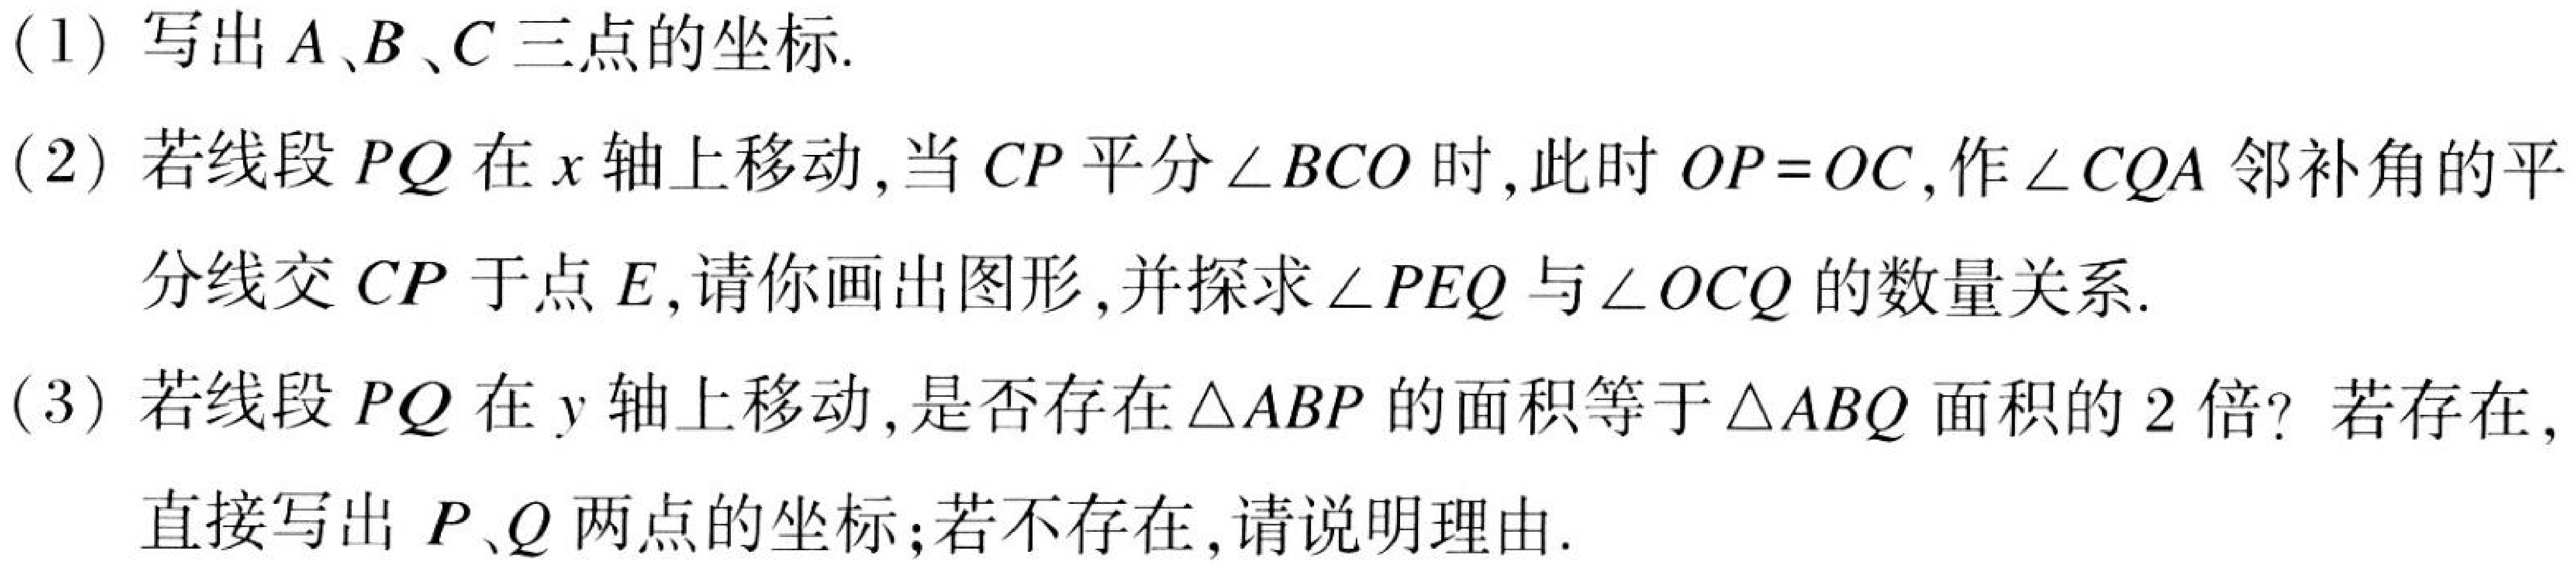
(1) 写出\(A、B、C\)三点的坐标.
(2) 若线段\(PQ\)在\(x\)轴上移动,当\(CP\)平分\(\angle BCO\)时,此时\(OP = OC\),作\(\angle CQA\)邻补角的平分线交\(CP\)于点\(E\),请你画出图形,并探求\(\angle PEQ\)与\(\angle OCQ\)的数量关系.
(3) 若线段\(PQ\)在\(y\)轴上移动,是否存在\(\triangle ABP\)的面积等于\(\triangle ABQ\)面积的\(2\)倍? 若存在,直接写出 \(P、Q\)两点的坐标;若不存在,请说明理由.